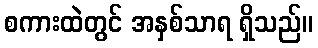
စကားထဲတွင် အနှစ်သာရ ရှိသည်။